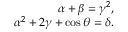
\begin{array} { r } { \alpha + \beta = \gamma ^ { 2 } , } \\ { \alpha ^ { 2 } + 2 \gamma + \cos \theta = \delta . } \end{array}